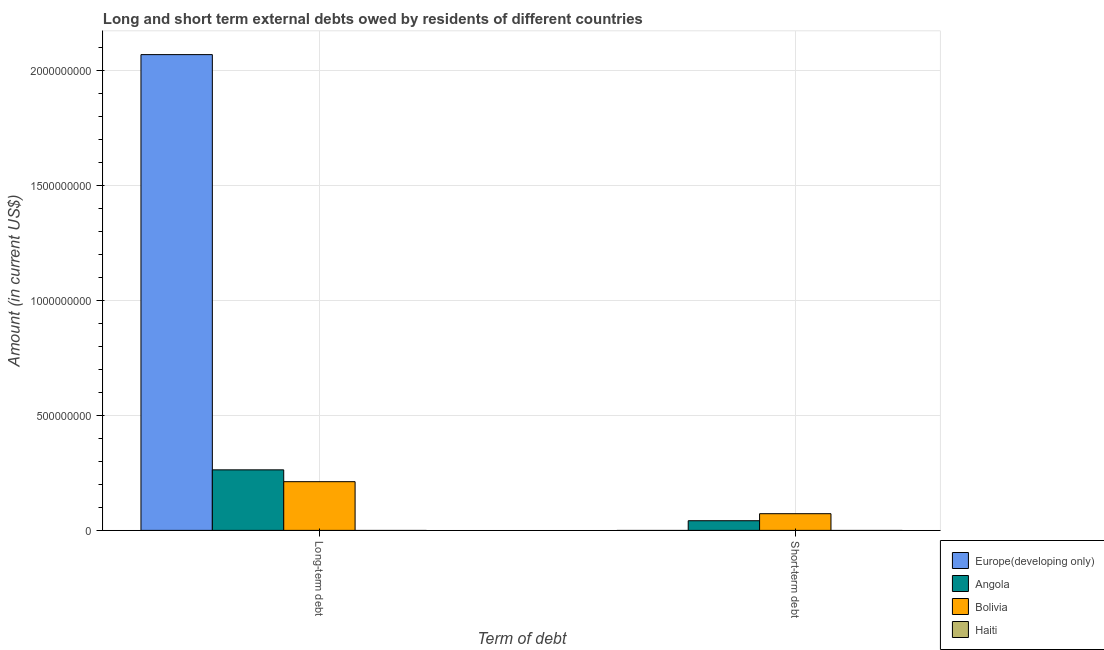
| Term of debt | Europe(developing only) | Angola | Bolivia | Haiti |
 | --- | --- | --- | --- | --- |
 | Long-term debt | 2.07e+09 | 2.63e+08 | 2.12e+08 | -2.84e+06 |
 | Short-term debt | -6.2e+09 | 4.2e+07 | 7.26e+07 | -7.8e+07 |